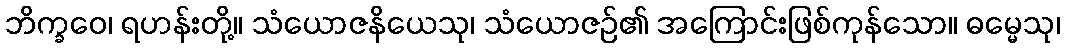
ဘိက္ခဝေ၊ ရဟန်းတို့။ သံယောဇနိယေသု၊ သံယောဇဉ်၏ အကြောင်းဖြစ်ကုန်သော။ ဓမ္မေသု၊